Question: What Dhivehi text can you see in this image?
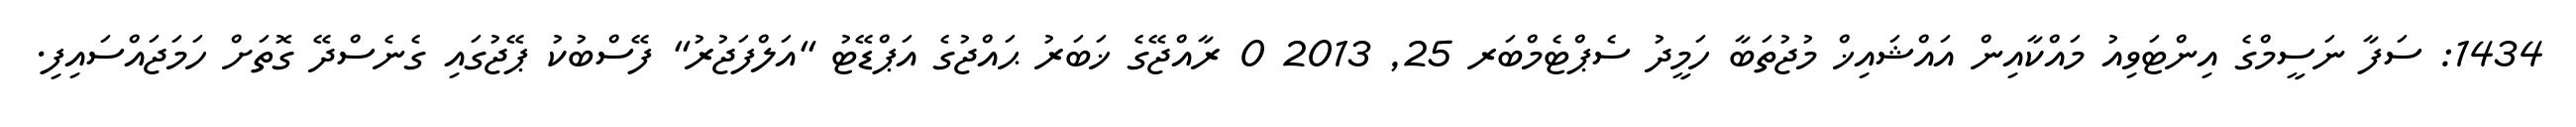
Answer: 1434: ސަފާ ނަސީމްގެ އިންޓަވިއު މައްކާއިން އައްޝައިޚް މުޖުތަބާ ހަމީދު ސެޕްޓެމްބަރ 25, 2013 0 ރާއްޖޭގެ ޚަބަރު ޙައްޖުގެ އަޕްޑޭޓު "އަލްފަޖުރު" ފޭސްބުކު ޕޭޖުގައި ގެނެސްދޭ ގޮތަށް ހަމަޖައްސައިފި.